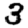
Digit: 3